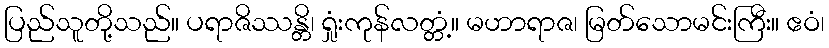
ပြည်သူတို့သည်။ ပရာဇိဿန္တိ၊ ရှုံးကုန်လတ္တံ့။ မဟာရာဇ၊ မြတ်သောမင်းကြီး။ ဧဝံ၊